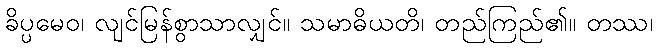
ခိပ္ပမေဝ၊ လျင်မြန်စွာသာလျှင်။ သမာဓိယတိ၊ တည်ကြည်၏။ တဿ၊